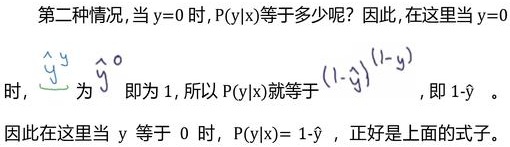
第二种情况，当$y = 0$时，$P(y|x)$等于多少呢？因此，在这里当$y = 0$时，$\hat{y}^y$为$\hat{y}^0$即为$1$，所以$P(y|x)$就等于$(1 - \hat{y})^{(1 - y)}$，即$1 - \hat{y}$。因此在这里当$y$等于$0$时，$P(y|x)= 1 - \hat{y}$，正好是上面的式子。